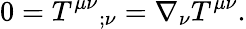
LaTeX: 0=T^{\mu\nu}{}_{;\nu}=\nabla_{\nu}T^{\mu\nu}{}.